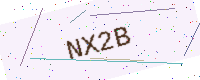
Text: NX2B